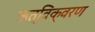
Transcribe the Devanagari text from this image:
ऋत्विक्वरण